Annual administration report of the Civil Veterinary Department of India - 1896-1897
Year: 1896
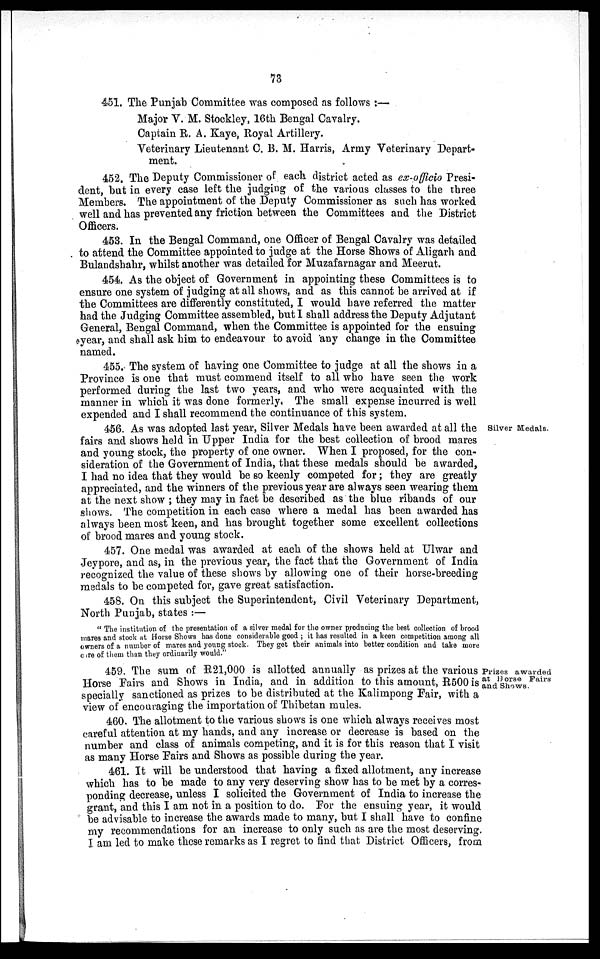
73
451. The Punjab Committee was composed as follows:—
Major V. M. Stockley, 16th Bengal Cavalry.
Captain R. A. Kaye, Royal Artillery.
Veterinary Lieutenant C. B. M. Harris, Army Veterinary Depart-
ment.
452. The Deputy Commissioner of each district acted as ex-officio Presi-
dent, but in every case left the judging of the various classes to the three
Members. The appointment of the Deputy Commissioner as such has worked
well and has prevented any friction between the Committees and the District
Officers.
453. In the Bengal Command, one Officer of Bengal Cavalry was detailed
to attend the Committee appointed to judge at the Horse Shows of Aligarh and
Bulandshahr, whilst another was detailed for Muzafarnagar and Meerut.
454. As the object of Government in appointing these Committees is to
ensure one system of judging at all shows, and as this cannot be arrived at if
the Committees are differently constituted, I would have referred the matter
had the Judging Committee assembled, but I shall address the Deputy Adjutant
General, Bengal Command, when the Committee is appointed for the ensuing
year, and shall ask him to endeavour to avoid any change in the Committee
named.
455. The system of having one Committee to judge at all the shows in a
Province is one that must commend itself to all who have seen the work
performed during the last two years, and who were acquainted with the
manner in which it was done formerly. The small expense incurred is well
expended and I shall recommend the continuance of this system.
Silver Medals.
456. As was adopted last year, Silver Medals have been awarded at all the
fairs and shows held in Upper India for the best collection of brood mares
and young stock, the property of one owner. When I proposed, for the con-
sideration of the Government of India, that these medals should be awarded,
I had no idea that they would be so keenly competed for; they are greatly
appreciated, and the winners of the previous year are always seen wearing them
at the next show ; they may in fact be described as the blue ribands of our
shows. The competition in each case where a medal has been awarded has
always been most keen, and has brought together some excellent collections
of brood mares and young stock.
457. One medal was awarded at each of the shows held at Ulwar and
Jeypore, and as, in the previous year, the fact that the Government of India
recognized the value of these shows by allowing one of their horse-breeding
medals to be competed for, gave great satisfaction.
458. On this subject the Superintendent, Civil Veterinary Department,
North Punjab, states:—
"The institution of the presentation of a silver medal for the owner producing the best collection of brood
mares and stock at Horse Shows has done considerable good ; it has resulted in a keen competition among all
owners of a number of mares and young stock. They get their animals into better condition and take more
care of them than they ordinarily would."
Prizes awarded
at Horse Fairs
and Shows.
459. The sum of R21,000 is allotted annually as prizes at the various
Horse Fairs and Shows in India, and in addition to this amount, R500 is
specially sanctioned as prizes to be distributed at the Kalimpong Fair, with a
view of encouraging the importation of Thibetan mules.
460. The allotment to the various shows is one which always receives most
careful attention at my hands, and any increase or decrease is based on the
number and class of animals competing, and it is for this reason that I visit
as many Horse Fairs and Shows as possible during the year.
461. It will be understood that having a fixed allotment, any increase
which has to be made to any very deserving show has to be met by a corres-
ponding decrease, unless I solicited the Government of India to increase the
grant, and this I am not in a position to do. For the ensuing year, it would
be advisable to increase the awards made to many, but I shall have to confine
my recommendations for an increase to only such as are the most deserving.
I am led to make these remarks as I regret to find that District Officers, from